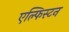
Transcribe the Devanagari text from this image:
एल्फिस्टन